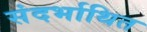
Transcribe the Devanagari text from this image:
संदर्भाथित